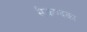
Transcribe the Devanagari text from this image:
सैकण्दका